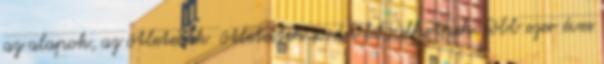
az alapok, az ötleteink ötleteitek során bővülhetnek. Több ezer éves